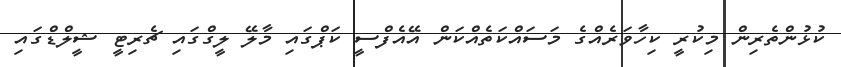
ކުޅުންތެރިން މިކުރީ ކިހާވަރެއްގެ މަސައްކަތެއްކަން އޭއެފްސީ ކަޕްގައި މާލޭ ލީގްގައި ޗެރިޓީ ޝީލްޑްގައި